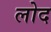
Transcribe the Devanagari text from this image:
लोद